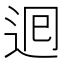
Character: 𮞉